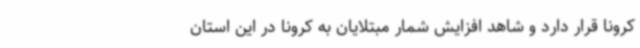
کرونا قرار دارد و شاهد افزایش شمار مبتلایان به کرونا در این استان